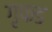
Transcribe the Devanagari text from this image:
गृफड